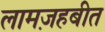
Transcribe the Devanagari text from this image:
लामज़हबीत